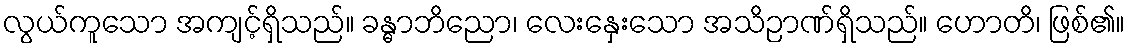
လွယ်ကူသော အကျင့်ရှိသည်။ ခန္ဓာဘိညော၊ လေးနှေးသော အသိဉာဏ်ရှိသည်။ ဟောတိ၊ ဖြစ်၏။